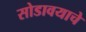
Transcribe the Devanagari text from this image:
सोडावयाचे